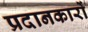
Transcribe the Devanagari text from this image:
प्रदानकारों